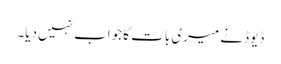
ڈیوڈ نے میری بات کا جواب نہیں دیا۔